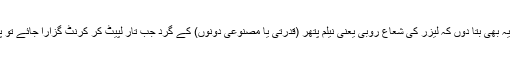
لگے ہاتھوں یہ بھی بتا دوں کہ لیزر کی شعاع روبی یعنی نیلم پتھر (قدرتی یا مصنوعی دونوں) کے گرد جب تار لپیٹ کر کرنٹ گزارا جائے تو پیدا ہوتی ہے۔